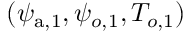
( \psi _ { \mathrm { a } , 1 } , \psi _ { o , 1 } , T _ { o , 1 } )